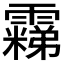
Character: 𬰐